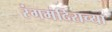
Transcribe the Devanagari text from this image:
रंगमंदिराच्या